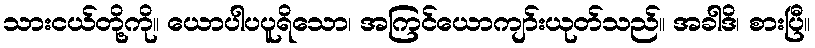
သားငယ်တို့ကို။ ယောပါပပူရိသော၊ အကြင်ယောကျာ်းယုတ်သည်။ အခါဒိ၊ စားပြီ။